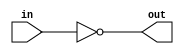
module top_module( input in, output out );
    not ( out ,in);

endmodule